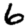
Digit: 6